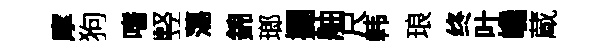
摩狗嗜竪蕩錦瑯攔舳尺韩琅终叶巉蔵